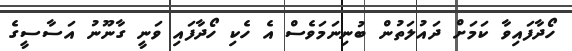
ހޯދާފައިވާ ކަމަށް ދައުލަތުން ބުނިނަމަވެސް އެ ހެކި ހޯދާފައި ވަނީ ގާނޫނު އަސާސީގެ